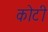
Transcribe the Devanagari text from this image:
काेटी